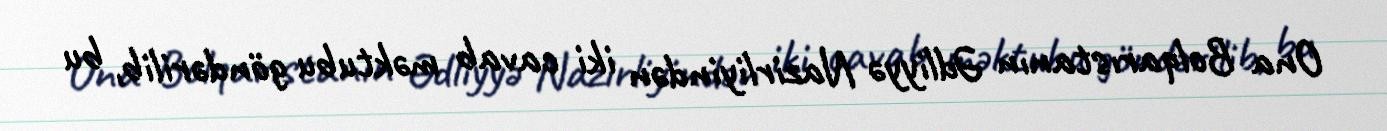
Ona Bolqarıstanın Ədliyyə Nazirliyindən iki cavab məktubu göndərilib, bu